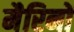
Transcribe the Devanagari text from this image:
मैरिनों